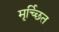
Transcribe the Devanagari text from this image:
मृर्च्छित